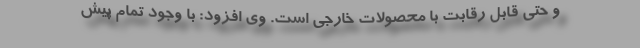
و حتي قابل رقابت با محصولات خارجي است. وي افزود: با وجود تمام پيش